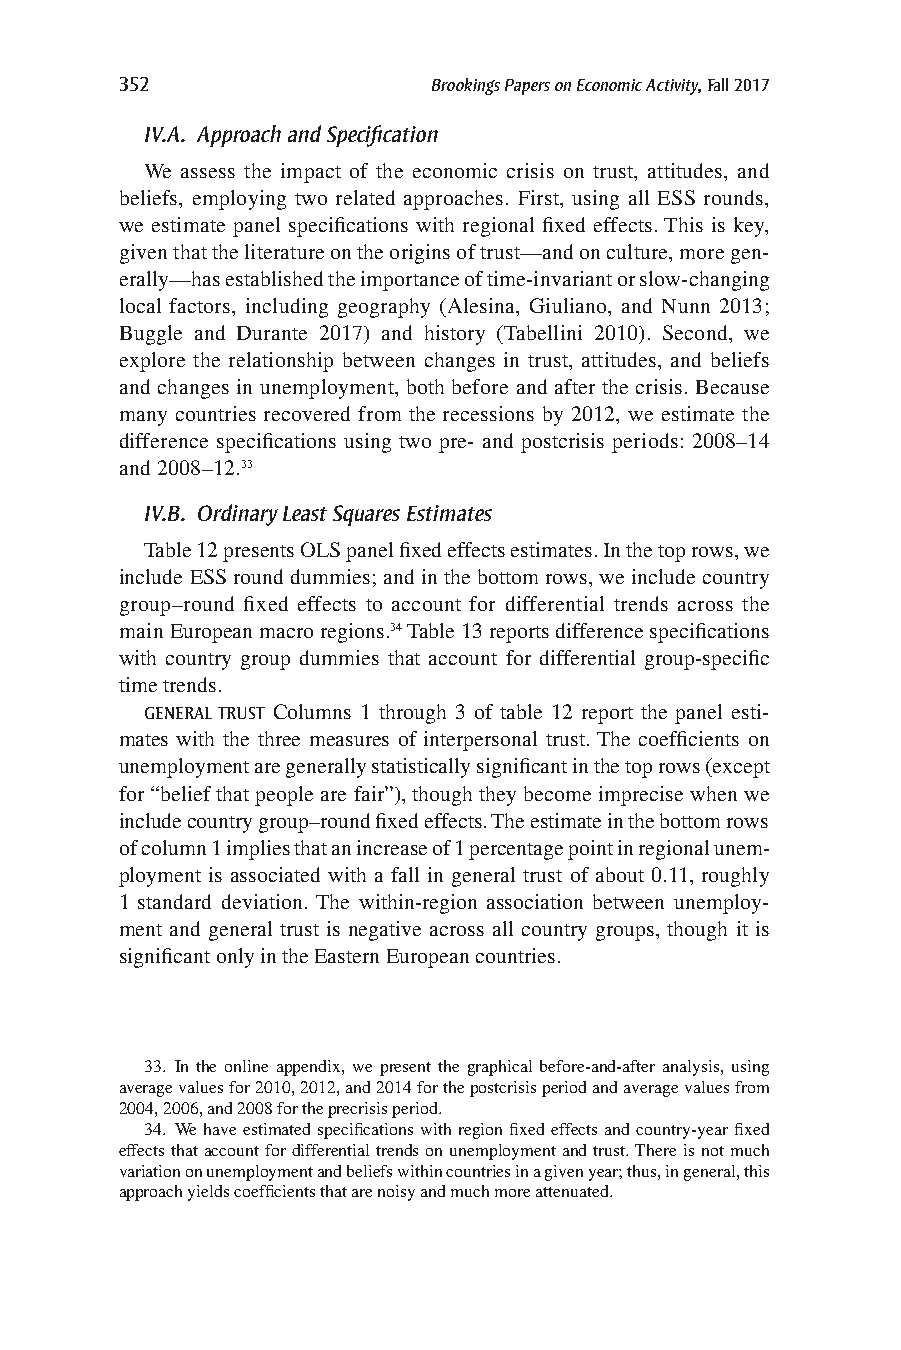
352                  Brookings Papers on Economic Activity, Fall 2017
 IV.A. Approach and Specification
 We assess the impact of the economic crisis on trust, attitudes, and
 beliefs, employing two related approaches. First, using all ESS rounds,
 we estimate panel specifications with regional fixed effects. This is key,
 given that the literature on the origins of trust—and on culture, more gen-
 erally—has established the importance of time-invariant or slow-changing
 local factors, including geography (Alesina, Giuliano, and Nunn 2013;
 Buggle and Durante 2017) and history (Tabellini 2010). Second, we
 explore the relationship between changes in trust, attitudes, and beliefs
 and changes in unemployment, both before and after the crisis. Because
 many countries recovered from the recessions by 2012, we estimate the
 difference specifications using two pre- and postcrisis periods: 2008–14
 and 2008–12.33
 IV.B. Ordinary Least Squares Estimates
 Table 12 presents OLS panel fixed effects estimates. In the top rows, we
 include ESS round dummies; and in the bottom rows, we include country
 group–round fixed effects to account for differential trends across the
 main European macro regions.34 Table 13 reports difference specifications
 with country group dummies that account for differential group-specific
 time trends.
 GENERAL TRUST Columns 1 through 3 of table 12 report the panel esti-
 mates with the three measures of interpersonal trust. The coefficients on
 unemployment are generally statistically significant in the top rows (except
 for “belief that people are fair”), though they become imprecise when we
 include country group–round fixed effects. The estimate in the bottom rows
 of column 1 implies that an increase of 1 percentage point in regional unem-
 ployment is associated with a fall in general trust of about 0.11, roughly
 1 standard deviation. The within-region association between unemploy-
 ment and general trust is negative across all country groups, though it is
 significant only in the Eastern European countries.
 33. In the online appendix, we present the graphical before-and-after analysis, using
 average values for 2010, 2012, and 2014 for the postcrisis period and average values from
 2004, 2006, and 2008 for the precrisis period.
 34. We have estimated specifications with region fixed effects and country-year fixed
 effects that account for differential trends on unemployment and trust. There is not much
 variation on unemployment and beliefs within countries in a given year; thus, in general, this
 approach yields coefficients that are noisy and much more attenuated.